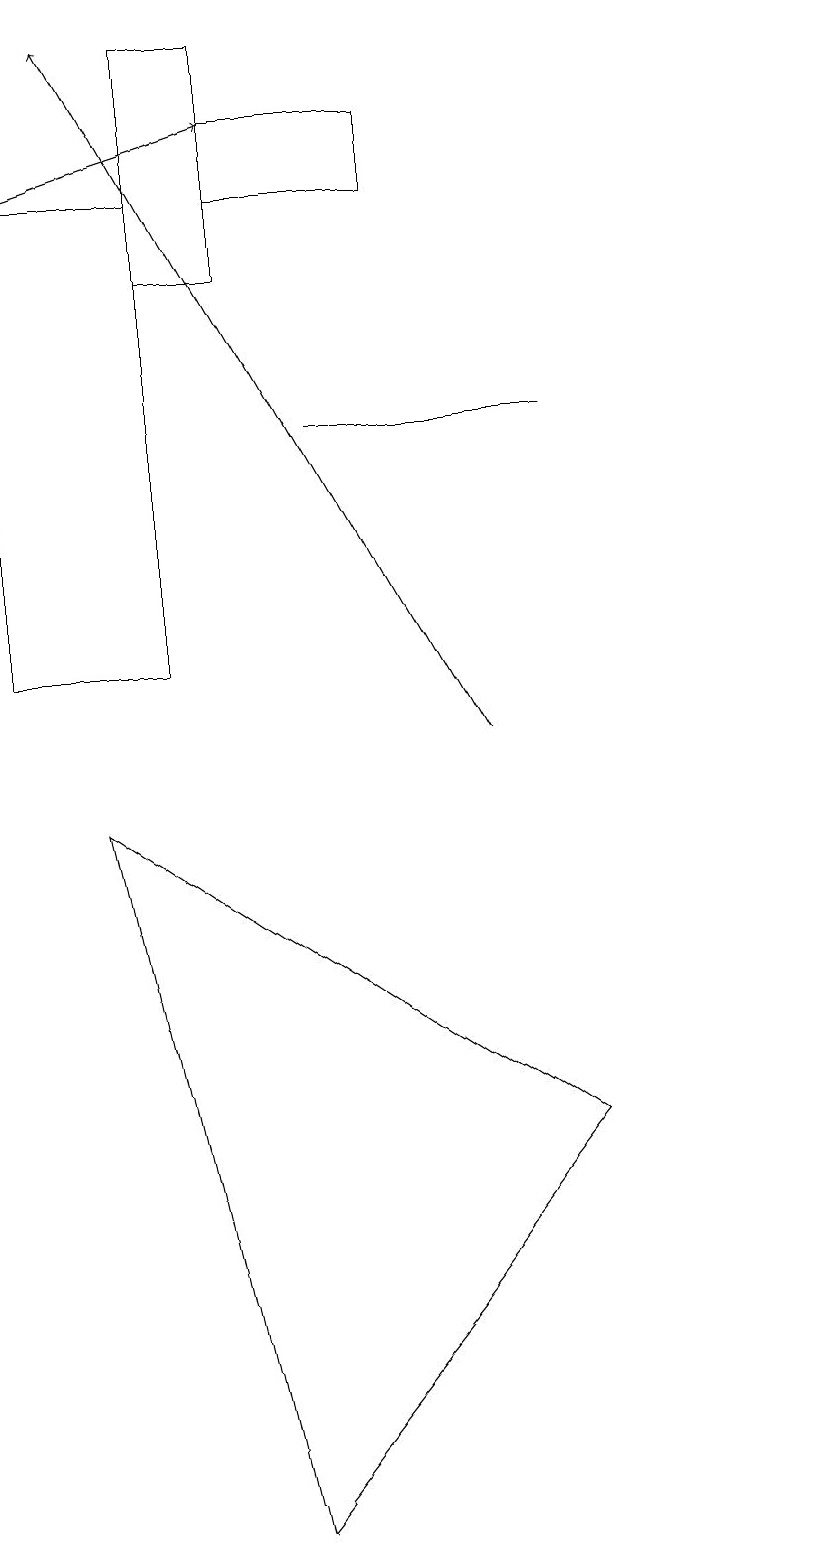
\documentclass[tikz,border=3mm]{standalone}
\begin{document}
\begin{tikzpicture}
\draw (2,9) -- (8,5) -- (4,0) -- cycle;
\draw[->] (7,10) -- (2,19);
\draw (6,17) rectangle (4,18);
\draw (1,11) rectangle (3,17);
\draw (3,16) rectangle (4,19);
\draw (8,14) rectangle (5,14);
\draw[->] (1,17) -- (4,18);
\draw (11,11) circle (0);
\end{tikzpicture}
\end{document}